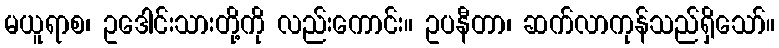
မယူရာစ၊ ဥဒေါင်းသားတို့ကို လည်းကောင်း။ ဥပနီတာ၊ ဆက်လာကုန်သည်ရှိသော်။